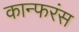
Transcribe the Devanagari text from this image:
कान्फरंस